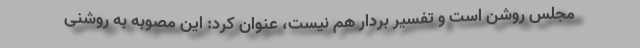
مجلس روشن است و تفسیر بردار هم نیست، عنوان کرد: این مصوبه به روشنی